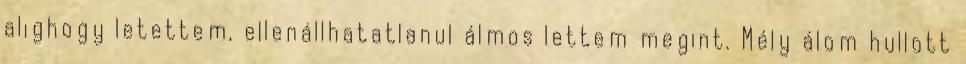
alighogy letettem, ellenállhatatlanul álmos lettem megint. Mély álom hullott